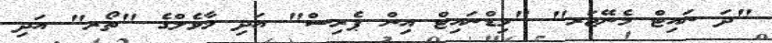
"ދަ ނައިޓް މެނޭޖަރ" "މިޑްނައިޓް އިން ޕެރިސް" އަދި މާވެލްގެ "ތޯރ" އަދި